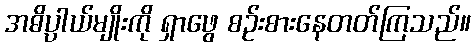
အဓိပ္ပာယ်မျိုးကို ရှာဖွေ စဉ်းစားနေတတ်ကြသည်။